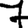
Digit: 7